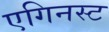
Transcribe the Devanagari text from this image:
एगिनस्ट